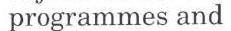
programmes and